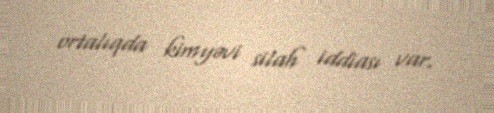
ortalıqda kimyəvi silah iddiası var.